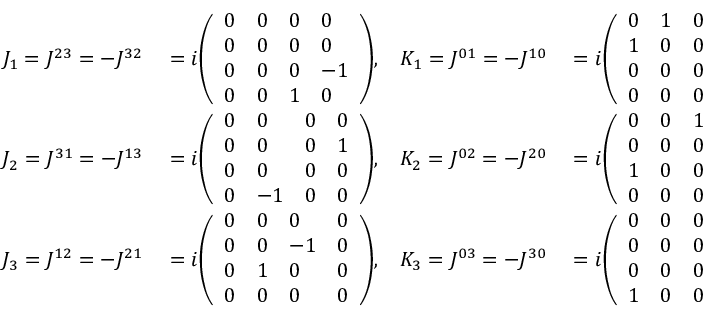
\begin{array} { r l r l } { J _ { 1 } = J ^ { 2 3 } = - J ^ { 3 2 } } & { { } = i { \left( \begin{array} { l l l l } { 0 } & { 0 } & { 0 } & { 0 } \\ { 0 } & { 0 } & { 0 } & { 0 } \\ { 0 } & { 0 } & { 0 } & { - 1 } \\ { 0 } & { 0 } & { 1 } & { 0 } \end{array} \right) } , } & { K _ { 1 } = J ^ { 0 1 } = - J ^ { 1 0 } } & { { } = i { \left( \begin{array} { l l l l } { 0 } & { 1 } & { 0 } & { 0 } \\ { 1 } & { 0 } & { 0 } & { 0 } \\ { 0 } & { 0 } & { 0 } & { 0 } \\ { 0 } & { 0 } & { 0 } & { 0 } \end{array} \right) } , } \\ { J _ { 2 } = J ^ { 3 1 } = - J ^ { 1 3 } } & { { } = i { \left( \begin{array} { l l l l } { 0 } & { 0 } & { 0 } & { 0 } \\ { 0 } & { 0 } & { 0 } & { 1 } \\ { 0 } & { 0 } & { 0 } & { 0 } \\ { 0 } & { - 1 } & { 0 } & { 0 } \end{array} \right) } , } & { K _ { 2 } = J ^ { 0 2 } = - J ^ { 2 0 } } & { { } = i { \left( \begin{array} { l l l l } { 0 } & { 0 } & { 1 } & { 0 } \\ { 0 } & { 0 } & { 0 } & { 0 } \\ { 1 } & { 0 } & { 0 } & { 0 } \\ { 0 } & { 0 } & { 0 } & { 0 } \end{array} \right) } , } \\ { J _ { 3 } = J ^ { 1 2 } = - J ^ { 2 1 } } & { { } = i { \left( \begin{array} { l l l l } { 0 } & { 0 } & { 0 } & { 0 } \\ { 0 } & { 0 } & { - 1 } & { 0 } \\ { 0 } & { 1 } & { 0 } & { 0 } \\ { 0 } & { 0 } & { 0 } & { 0 } \end{array} \right) } , } & { K _ { 3 } = J ^ { 0 3 } = - J ^ { 3 0 } } & { { } = i { \left( \begin{array} { l l l l } { 0 } & { 0 } & { 0 } & { 1 } \\ { 0 } & { 0 } & { 0 } & { 0 } \\ { 0 } & { 0 } & { 0 } & { 0 } \\ { 1 } & { 0 } & { 0 } & { 0 } \end{array} \right) } . } \end{array}